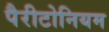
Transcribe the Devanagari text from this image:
पैरीटोनियम